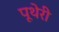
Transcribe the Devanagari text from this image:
पूथेरी